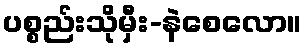
ပစ္စည်းသိုမှီး-နဲစေလော။